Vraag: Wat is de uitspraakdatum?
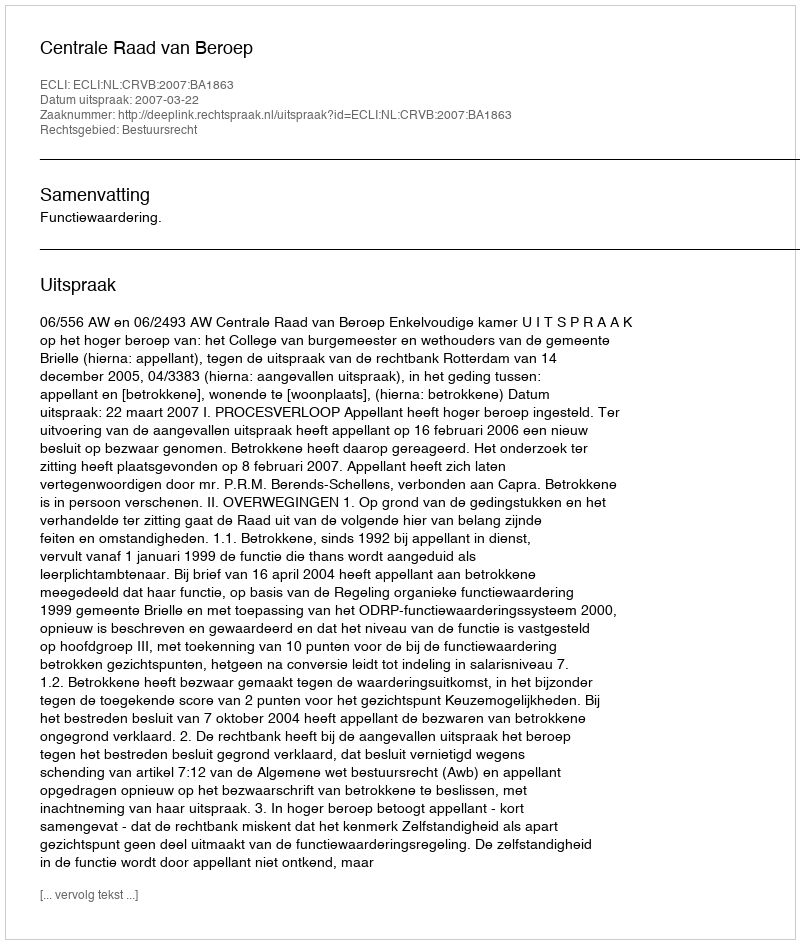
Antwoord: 2007-03-22